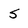
Character: S